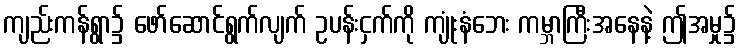
ကျည်းကန်ရွာ၌ ဖော်ဆောင်ရွက်လျက် ဥပန်းငှက်ကို ကျုံးနံဘေး ကမ္ဘာကြီးအနေနဲ့ ဤအမှု၌